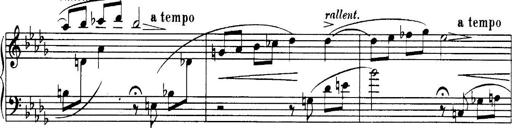
Title: 3 Sonatinas, Op.67
Composer: Jean Sibelius